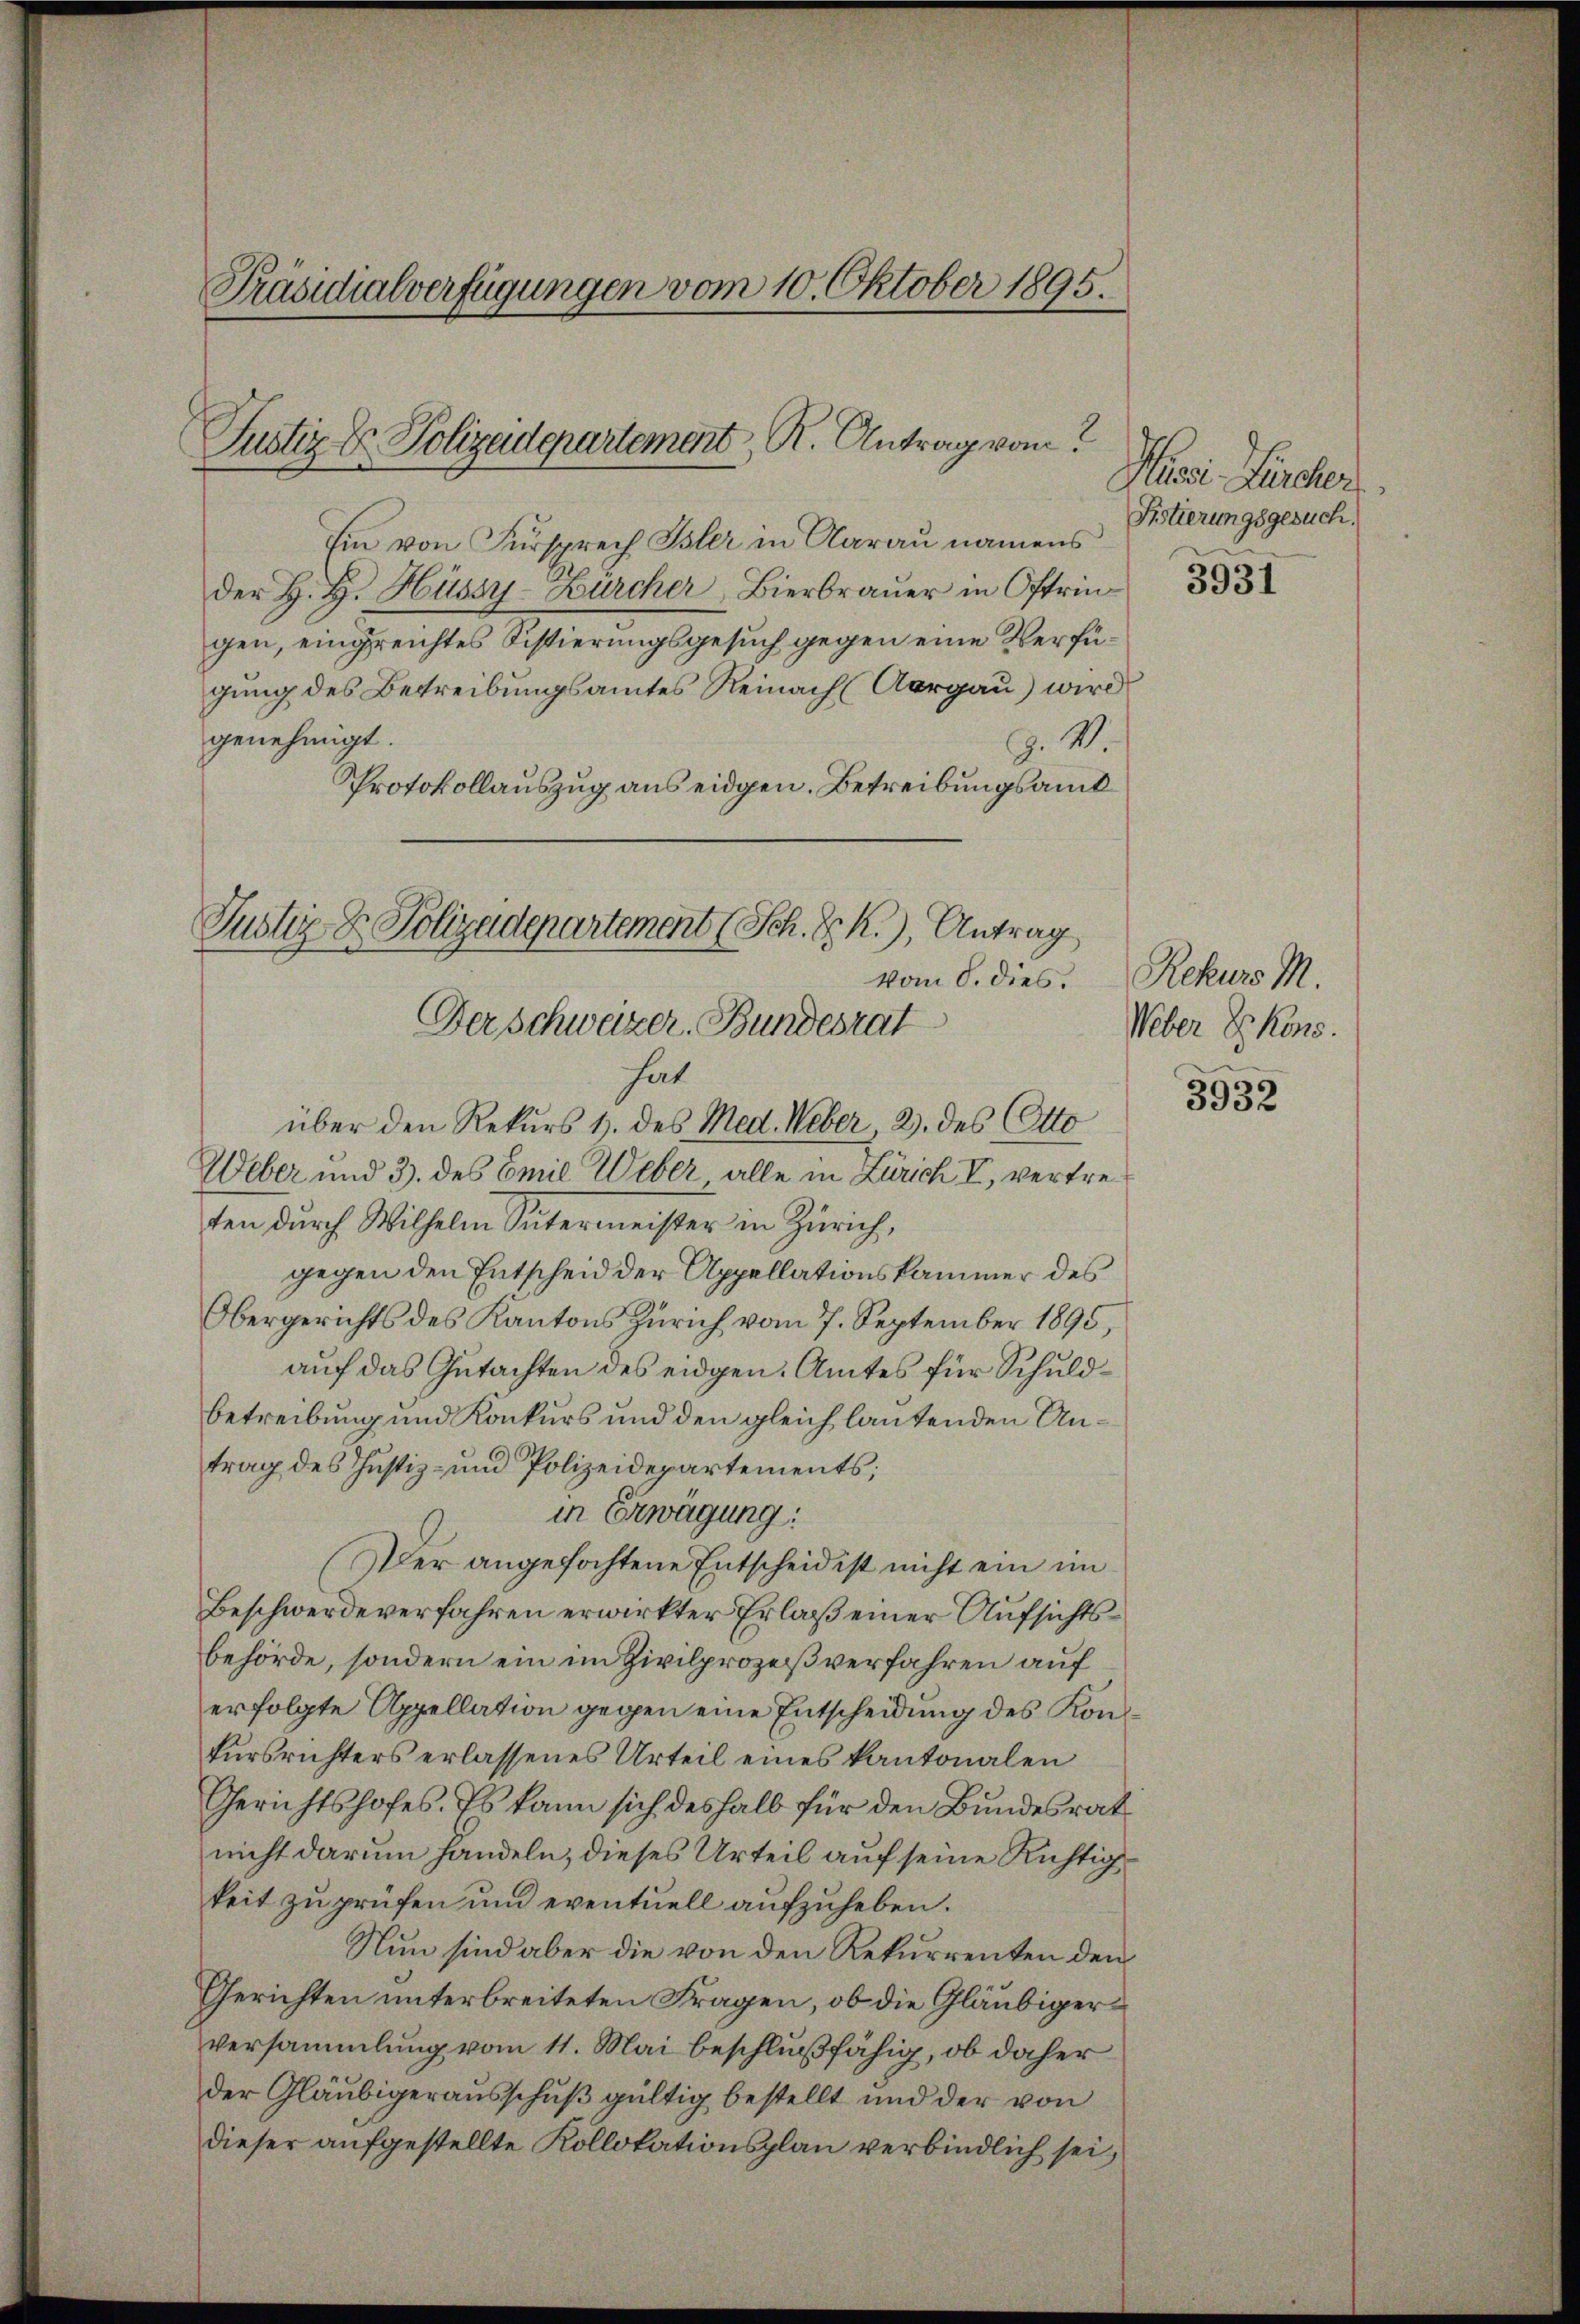
Präsidialverfügungen vom 10. Oktober 1895.

Justiz & Polizeidepartement, R. Antrag vom

Ein von Fürsprech Isler in Aarau namens
der H. H. Hüssy-Bürcher Bierbrauer in Oftrin
gen, eingreichtes Sistierungsgesuch gegen eine Verfügung des Betreibungsamtes Reinach (Aargau) wird
genehmigt.
Z. M.
Protokollauszug aus eidgen. Betreibungsamt
vom 8. dies. Rekurs M.
hat
über den Rekurs 1. des Med. Weber, 2. des Otto
Weber und 3. des Emil Weber alle in Zürich I, vertreten durch Wilhelm Sutermeister in Zürich,
gegen den Entscheid der Appellationskammer des
Obergerichts des Kantons Zürich vom 7. September 1895,
auf das Gutachten des eidgen. Amtes für Schuldbetreibung und Konkurs und den gleich lautenden Untrag des Justiz- und Polizeidepartements;
in Erwägung:
Der angefochtene Entscheid ist nicht ein im
Beschwerde verfahren erwirkter Erlaß einer Aufsichtsbehörde, sondern ein im Zivilprozeßverfahren auf
erfolgte Appellation gegen eine Entscheidung des Konkursrichters erlassenes Urteil eines kantonalen
Gerichtshofes. Es kann sich deshalb für den Bundesrat
nicht darum handeln, dieses Urteil auf seine Richtigkeit zu prüfen und eventuell aufzuheben.
Nun sind aber die von den Rekurrenten den
Gerichten unterbreiteten Fragen, ob die Gläubigerversammlung vom 11. Mai beschlußfähig, ob daher
der Gläubigerausschuß gültig bestellt und der von
dieser aufgestellte Kollokationsplan verbindlich sei,

Justiz & Polizeidepartement (Sch. D. R.), Antrag
Der Schweizer. Bundesrat

Nusi Zürcher
Sistierungsgesuch.

3931

Weber Erkens.

3932